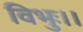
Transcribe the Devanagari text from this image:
विभुः।।